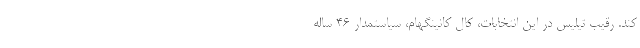
کند. رقیب تیلیس در این انتخابات، کال کانینگهام، سیاستمدار 46 ساله